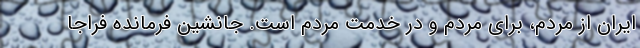
ایران از مردم، برای مردم و در خدمت مردم است. جانشین فرمانده فراجا